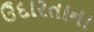
ઉદારતાના